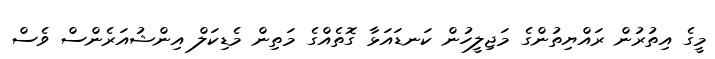
މީގެ އިތުރުން ރައްޔިތުންގެ މަޖިލީހުން ކަނޑައަޅާ ގޮތެއްގެ މަތިން މެޑިކަލް އިންޝުއަރެންސް ވެސް